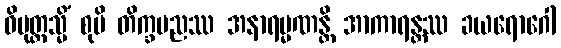
ဝိမုတ္တသ္မိံ စုဗိ တိက္ခပညဿ အနာရမ္မဏန္တိ အာကာရန္တဿ ခယရောဂေါ